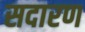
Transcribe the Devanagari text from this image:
सदारण